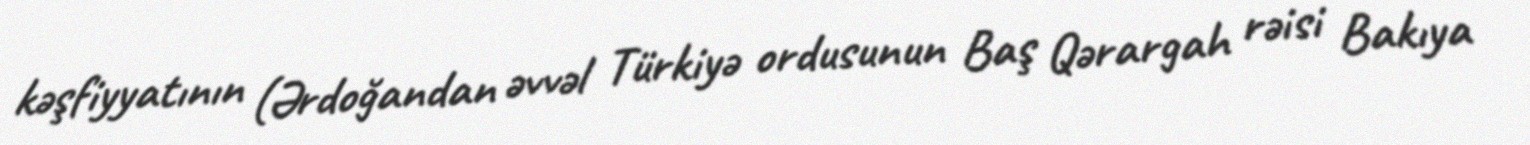
kəşfiyyatının (Ərdoğandan əvvəl Türkiyə ordusunun Baş Qərargah rəisi Bakıya